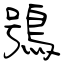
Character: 鴞